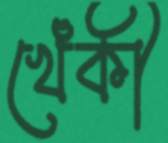
খেঁকী